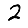
Digit: 2